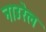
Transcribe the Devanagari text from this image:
नाउरेल